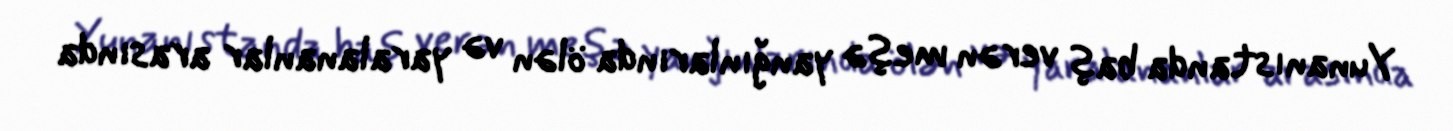
Yunanıstanda baş verən meşə yanğınlarında ölən və yaralananlar arasında